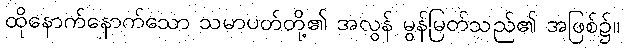
ထိုနောက်နောက်သော သမာပတ်တို့၏ အလွန် မွန်မြတ်သည်၏ အဖြစ်၌။